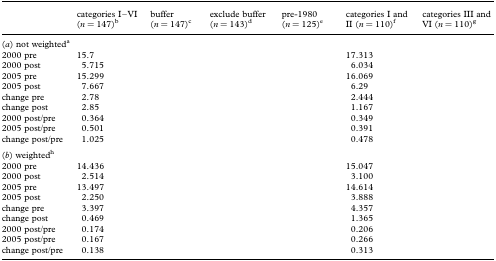
<table><thead><tr><td>[EMPTY_CELL]</td><td><b>categories I–VI (<i>n</i> = 147)<sup>b</sup></b></td><td><b>buffer (<i>n</i> = 147)<sup>c</sup></b></td><td><b>exclude buffer (<i>n</i> = 143)<sup>d</sup></b></td><td><b>pre-1980 (<i>n</i> = 125)<sup>e</sup></b></td><td><b>categories I and II (<i>n</i> = 110)<sup>f</sup></b></td><td><b>categories III and VI (<i>n</i> = 110)<sup>g</sup></b></td></tr></thead><tbody><tr><td colspan="7">(<i>a</i>) not weighted<sup>a</sup></td></tr><tr><td>2000 pre</td><td>15.7</td><td>[EMPTY_CELL]</td><td>[EMPTY_CELL]</td><td>[EMPTY_CELL]</td><td>17.313</td><td>[EMPTY_CELL]</td></tr><tr><td>2000 post</td><td>5.715</td><td>[EMPTY_CELL]</td><td>[EMPTY_CELL]</td><td>[EMPTY_CELL]</td><td>6.034</td><td>[EMPTY_CELL]</td></tr><tr><td>2005 pre</td><td>15.299</td><td>[EMPTY_CELL]</td><td>[EMPTY_CELL]</td><td>[EMPTY_CELL]</td><td>16.069</td><td>[EMPTY_CELL]</td></tr><tr><td>2005 post</td><td>7.667</td><td>[EMPTY_CELL]</td><td>[EMPTY_CELL]</td><td>[EMPTY_CELL]</td><td>6.29</td><td>[EMPTY_CELL]</td></tr><tr><td>change pre</td><td>2.78</td><td>[EMPTY_CELL]</td><td>[EMPTY_CELL]</td><td>[EMPTY_CELL]</td><td>2.444</td><td>[EMPTY_CELL]</td></tr><tr><td>change post</td><td>2.85</td><td>[EMPTY_CELL]</td><td>[EMPTY_CELL]</td><td>[EMPTY_CELL]</td><td>1.167</td><td>[EMPTY_CELL]</td></tr><tr><td>2000 post/pre</td><td>0.364</td><td>[EMPTY_CELL]</td><td>[EMPTY_CELL]</td><td>[EMPTY_CELL]</td><td>0.349</td><td>[EMPTY_CELL]</td></tr><tr><td>2005 post/pre</td><td>0.501</td><td>[EMPTY_CELL]</td><td>[EMPTY_CELL]</td><td>[EMPTY_CELL]</td><td>0.391</td><td>[EMPTY_CELL]</td></tr><tr><td>change post/pre</td><td>1.025</td><td>[EMPTY_CELL]</td><td>[EMPTY_CELL]</td><td>[EMPTY_CELL]</td><td>0.478</td><td>[EMPTY_CELL]</td></tr><tr><td colspan="7">(<i>b</i>) weighted<sup>h</sup></td></tr><tr><td>2000 pre</td><td>14.436</td><td>[EMPTY_CELL]</td><td>[EMPTY_CELL]</td><td>[EMPTY_CELL]</td><td>15.047</td><td>[EMPTY_CELL]</td></tr><tr><td>2000 post</td><td>2.514</td><td>[EMPTY_CELL]</td><td>[EMPTY_CELL]</td><td>[EMPTY_CELL]</td><td>3.100</td><td>[EMPTY_CELL]</td></tr><tr><td>2005 pre</td><td>13.497</td><td>[EMPTY_CELL]</td><td>[EMPTY_CELL]</td><td>[EMPTY_CELL]</td><td>14.614</td><td>[EMPTY_CELL]</td></tr><tr><td>2005 post</td><td>2.250</td><td>[EMPTY_CELL]</td><td>[EMPTY_CELL]</td><td>[EMPTY_CELL]</td><td>3.888</td><td>[EMPTY_CELL]</td></tr><tr><td>change pre</td><td>3.397</td><td>[EMPTY_CELL]</td><td>[EMPTY_CELL]</td><td>[EMPTY_CELL]</td><td>4.357</td><td>[EMPTY_CELL]</td></tr><tr><td>change post</td><td>0.469</td><td>[EMPTY_CELL]</td><td>[EMPTY_CELL]</td><td>[EMPTY_CELL]</td><td>1.365</td><td>[EMPTY_CELL]</td></tr><tr><td>2000 post/pre</td><td>0.174</td><td>[EMPTY_CELL]</td><td>[EMPTY_CELL]</td><td>[EMPTY_CELL]</td><td>0.206</td><td>[EMPTY_CELL]</td></tr><tr><td>2005 post/pre</td><td>0.167</td><td>[EMPTY_CELL]</td><td>[EMPTY_CELL]</td><td>[EMPTY_CELL]</td><td>0.266</td><td>[EMPTY_CELL]</td></tr><tr><td>change post/pre</td><td>0.138</td><td>[EMPTY_CELL]</td><td>[EMPTY_CELL]</td><td>[EMPTY_CELL]</td><td>0.313</td><td>[EMPTY_CELL]</td></tr></tbody></table>